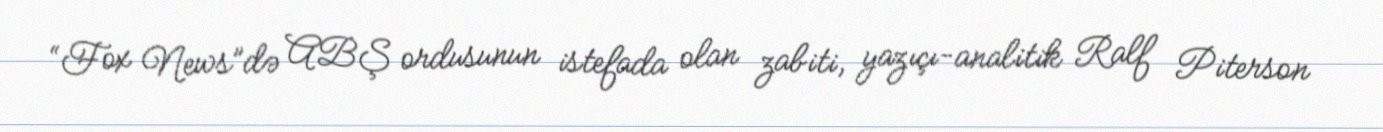
“Fox News”də ABŞ ordusunun istefada olan zabiti, yazıçı-analitik Ralf Piterson